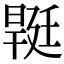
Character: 𣉡